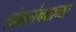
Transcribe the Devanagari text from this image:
लोकसंचयाच्या